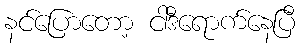
နင်ပြောတော့ ငါဒီရောက်နေပြီ